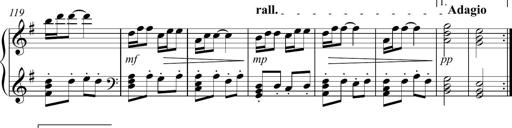
Title: Sonatina no. 2
Composer: Brian Henderson-Sellers
Key: G major